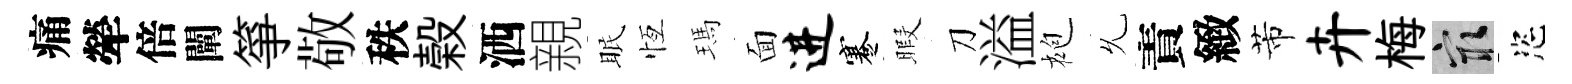
痛犖倍闡箏敬秩榖洒親眠恆瑪面进蹇暇刀溢袍𠃔責緻芾卉梅冣恣